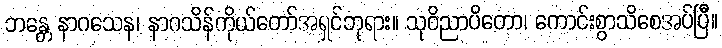
ဘန္တေ နာဂသေန၊ နာဂသိန်ကိုယ်တော်အရှင်ဘုရား။ သုဝိညာပိတော၊ ကောင်းစွာသိစေအပ်ပြီ။